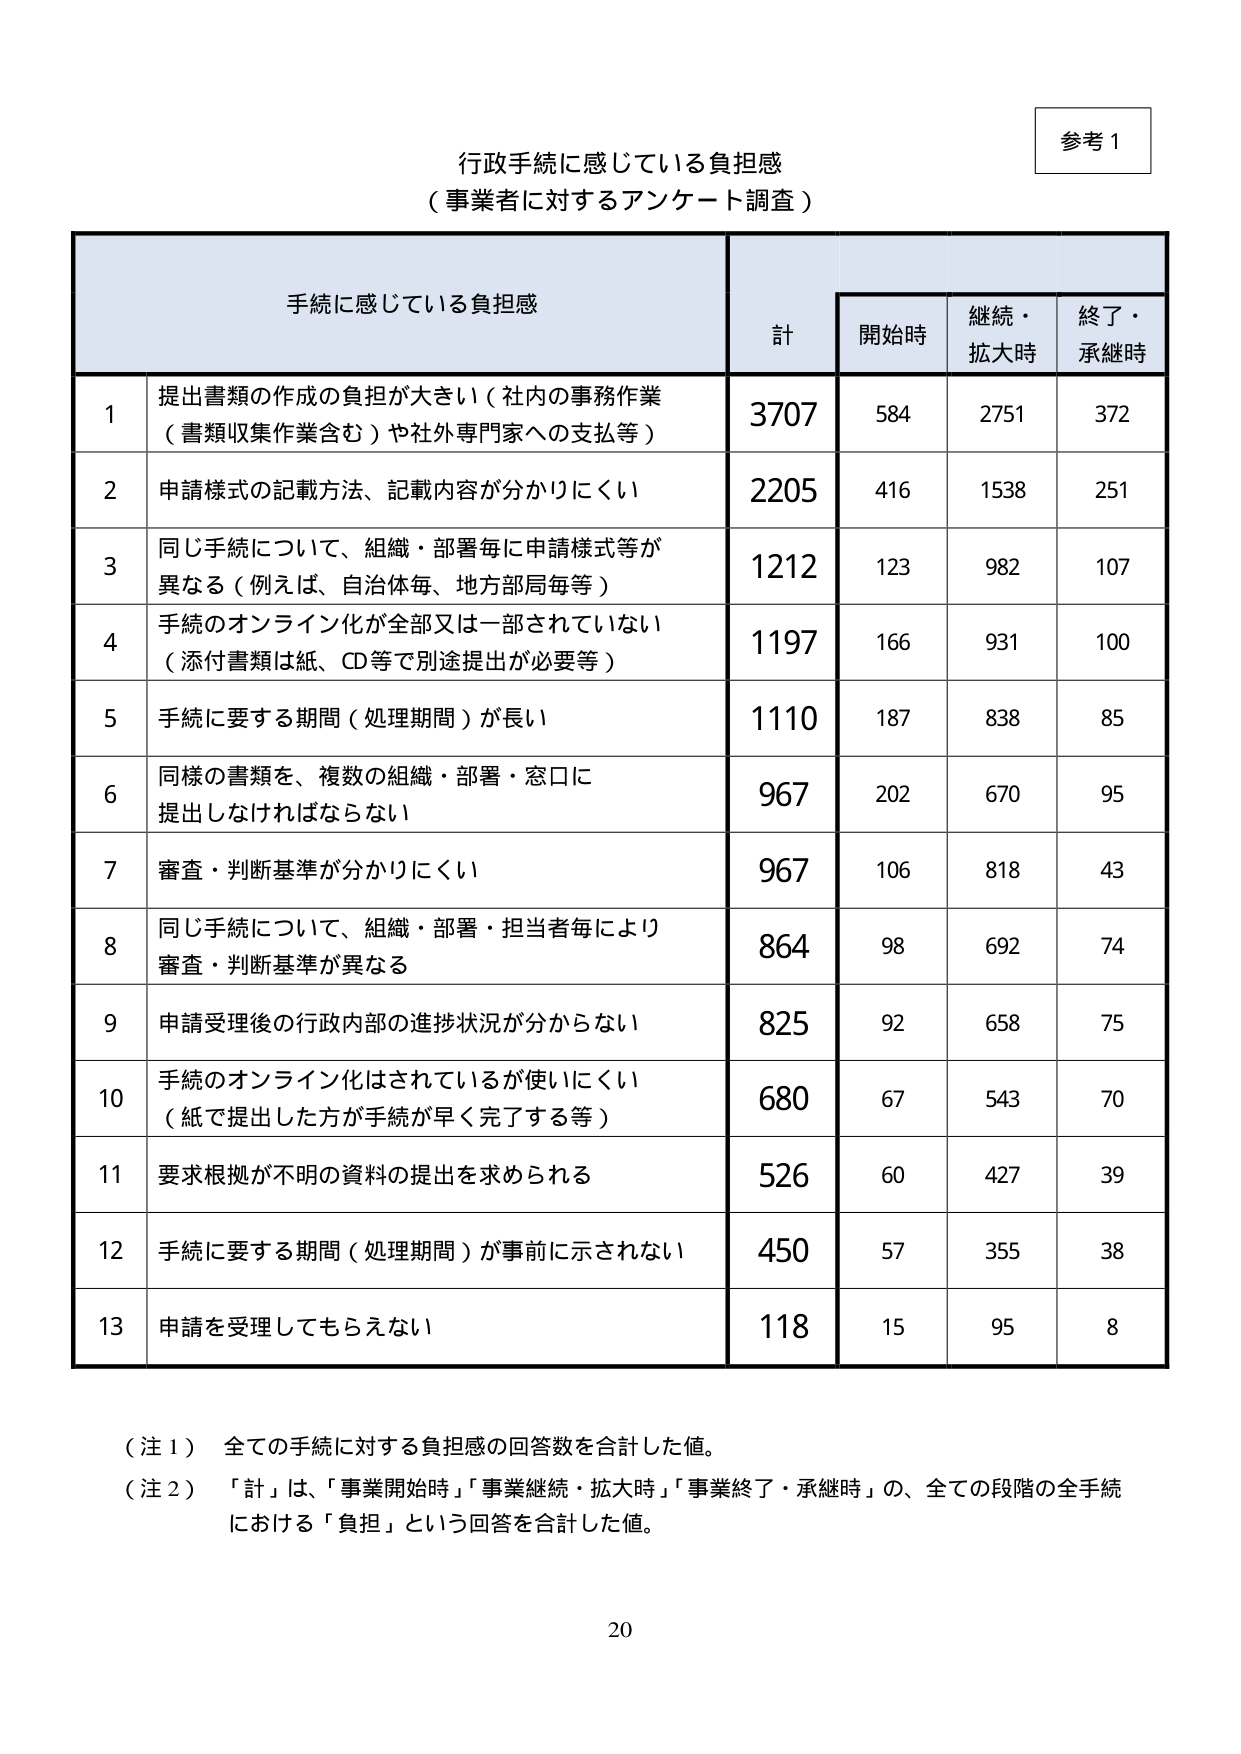
参考１

行政手続に感じている負担感
（事業者に対するアンケート調査）

手続に感じている負担感
計 開始時 継続・拡大時 終了・承継時

1 提出書類の作成の負担が大きい（社内の事務作業（書類収集作業含む）や社外専門家への支払等） 3707 584 2751 372
2 申請様式の記載方法、記載内容が分かりにくい 2205 416 1538 251
3 同じ手続について、組織・部署毎に申請様式等が異なる（例えば、自治体毎、地方部局毎等） 1212 123 982 107
4 手続のオンライン化が全部又は一部されていない（添付書類は紙、CD等で別途提出が必要等） 1197 166 931 100
5 手続に要する期間（処理期間）が長い 1110 187 838 85
6 同様の書類を、複数の組織・部署・窓口に提出しなければならない 967 202 670 95
7 審査・判断基準が分かりにくい 967 106 818 43
8 同じ手続について、組織・部署・担当者毎により審査・判断基準が異なる 864 98 692 74
9 申請受理後の行政内部の進捗状況が分からない 825 92 658 75
10 手続のオンライン化はされているが使いにくい（紙で提出した方が手続が早く完了する等） 680 67 543 70
11 要求根拠が不明の資料の提出を求められる 526 60 427 39
12 手続に要する期間（処理期間）が事前に示されない 450 57 355 38
13 申請を受理してもらえない 118 15 95 8

（注１） 全ての手続に対する負担感の回答数を合計した値。
（注２） 「計」は、「事業開始時」「事業継続・拡大時」「事業終了・承継時」の、全ての段階の全手続における「負担」という回答を合計した値。

20